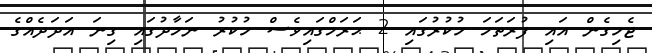
ޖެހިގެން އައި ފުރަތަމަ ހުކުރުގައި 2 ޙަރަމްގައިވެސް ހުކުރު ނަމާދުގައި ގިނަ އަދަދެއްގެ